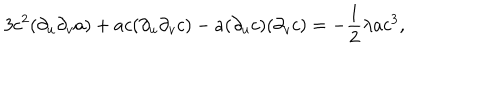
3 c ^ { 2 } ( \partial _ { u } \partial _ { v } a ) + a c ( \partial _ { u } \partial _ { v } c ) - a ( \partial _ { u } c ) ( \partial _ { v } c ) = - \frac { 1 } { 2 } \lambda a c ^ { 3 } ,